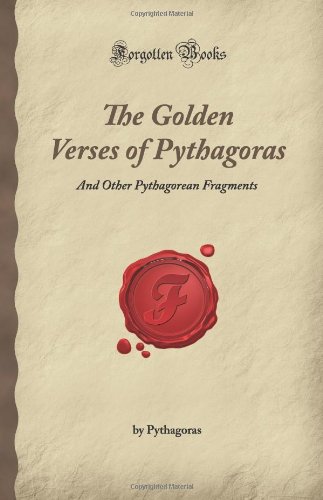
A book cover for The Golden Verses of Pythagoras: And Other Pythagorean Fragments (Forgotten Books); Pythagoras; History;